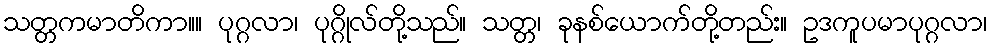
သတ္တကမာတိကာ။။ ပုဂ္ဂလာ၊ ပုဂ္ဂိုလ်တို့သည်။ သတ္တ၊ ခုနစ်ယောက်တို့တည်း။ ဥဒကူပမာပုဂ္ဂလာ၊